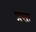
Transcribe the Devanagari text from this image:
प्रसा